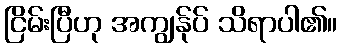
ငြိမ်းပြီဟု အကျွန်ုပ် သိရာပါ၏။